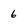
Character: 6